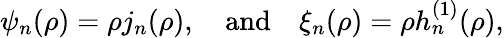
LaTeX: \psi_{n}(\rho)=\rho j_{n}(\rho),\quad\mathrm{and}\quad\xi_{n}(\rho)=\rho h_{n}^{(1)}(\rho),